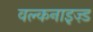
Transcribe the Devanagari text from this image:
वल्कनाइज़्ड